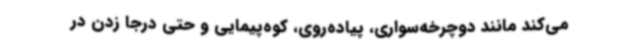
می‌کند مانند دوچرخه‌سواری، پیاده‌روی، کوه‌پیمایی و حتی درجا زدن در